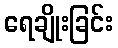
ရေချိုးခြင်း